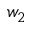
w _ { 2 }